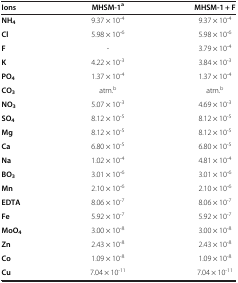
| Ions | MHSM-1a | MHSM-1 + F |
 | --- | --- | --- |
 | NH4 | 9.37 × 10-4 | 9.37 × 10-4 |
 | Cl | 5.98 × 10-6 | 5.98 × 10-6 |
 | F | - | 3.79 × 10-4 |
 | K | 4.22 × 10-3 | 3.84 × 10-3 |
 | PO4 | 1.37 × 10-4 | 1.37 × 10-4 |
 | CO3 | atm.b | atm.b |
 | NO3 | 5.07 × 10-3 | 4.69 × 10-3 |
 | SO4 | 8.12 × 10-5 | 8.12 × 10-5 |
 | Mg | 8.12 × 10-5 | 8.12 × 10-5 |
 | Ca | 6.80 × 10-5 | 6.80 × 10-5 |
 | Na | 1.02 × 10-4 | 4.81 × 10-4 |
 | BO3 | 3.01 × 10-6 | 3.01 × 10-6 |
 | Mn | 2.10 × 10-6 | 2.10 × 10-6 |
 | EDTA | 8.06 × 10-7 | 8.06 × 10-7 |
 | Fe | 5.92 × 10-7 | 5.92 × 10-7 |
 | MoO4 | 3.00 × 10-8 | 3.00 × 10-8 |
 | Zn | 2.43 × 10-8 | 2.43 × 10-8 |
 | Co | 1.09 × 10-8 | 1.09 × 10-8 |
 | Cu | 7.04 × 10-11 | 7.04 × 10-11 |